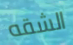
الشقه